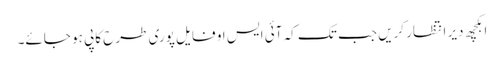
ابکچھ دیر انتظار کریں جب تک کہ آئی ایس او فایل پوری طرح کاپی ہو جائے۔